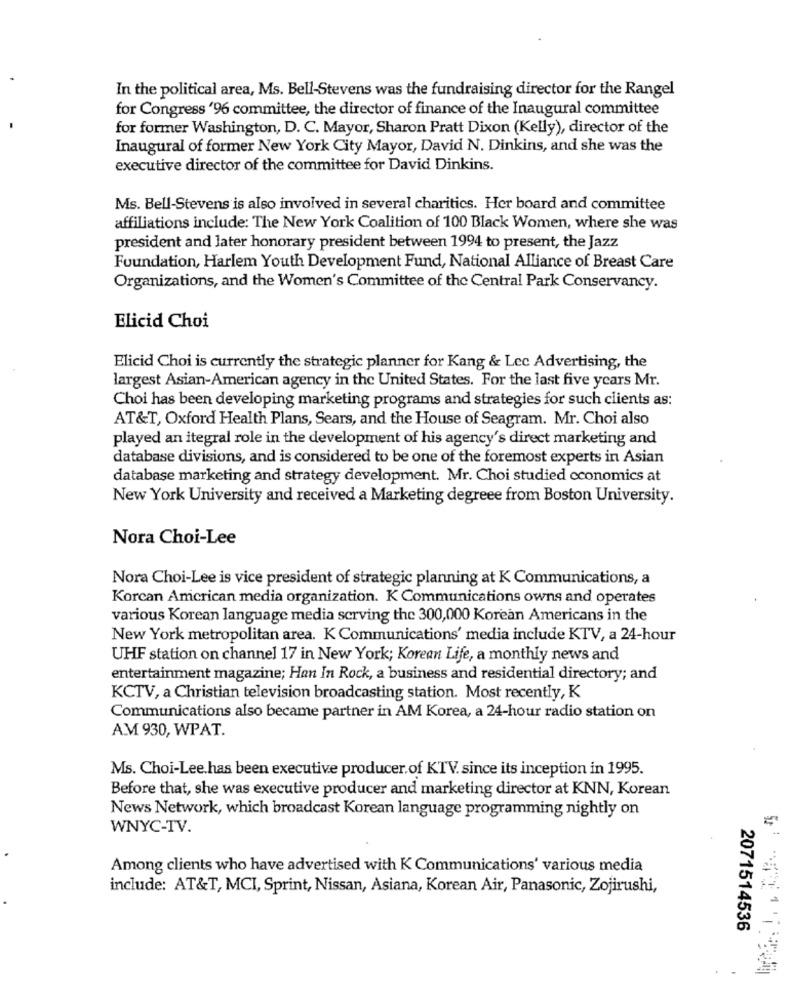
In the political area, Ms. Bell-Stevens was the fundraising director for the Rangel
for Congress '96 committee, the director of finance of the Inaugural committee
for former Washington, D. C. Mayor, Sharon Pratt Dixon (Kelly), director of the
Inaugural of former New York City Mayor, David N. Dinkins, and she was the
executive director of the committee for David Dinkins.
Ms. Bell-Stevens is also involved in several charities. Her board and committee
affiliations include: The New York Coalition of 100 Black Women, where she was
president and later honorary president between 1994 to present, the Jazz
Foundation, Harlem Youth Development Fund, National Alliance of Breast Care
Organizations, and the Women's Committee of the Central Park Conservancy.
Elicid Choi
Elicid Choi is currently the strategic planner for Kang & Lec Advertising, the
largest Asian-American agency in the United States. For the last five years Mr.
Choi has been developing marketing programs and strategies for such clients as:
AT&T, Oxford Health Plans, Sears, and the House of Seagram. Mr. Choi also
played an itegral role in the development of his agency's direct marketing and
database divisions, and is considered to be one of the foremost experts in Asian
database marketing and strategy development. Mr. Choi studied cconomics at
New York University and received a Marketing degreee from Boston University.
Nora Choi-Lee
Nora Choi-Lee is vice president of strategic planning at K Communications, a
Korcan American media organization. K Communications owns and operates
various Korean language media serving the 300,000 Korean Americans in the
New York metropolitan area. K Communications' media include KTV, a 24-hour
UHF station on channel 17 in New York; Korean Life, a monthly news and
entertainment magazine; Han In Rock, a business and residential directory; and
KCTV, a Christian television broadcasting station. Most recently, K
Communications also became partner in AM Korea, a 24-hour radio station on
A.M 930, WPAT.
Ms. Choi-Lee has been executive producer.of KTV. since its inception in 1995.
Before that, she was executive producer and marketing director at KNN, Korean
News Network, which broadcast Korean language programming nightly on
WNYC-TV.
Among clients who have advertised with K Communications' various media
include: AT&T, MCI, Sprint, Nissan, Asiana, Korean Air, Panasonic, Zojirushi,
2071514536